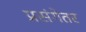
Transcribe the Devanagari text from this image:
प्रसंगेतर